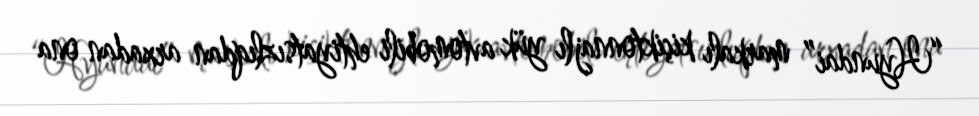
“Hyundai” markalı kiçiktonnajlı yük avtomobili ehtiyatsızlıqdan arxadan ona